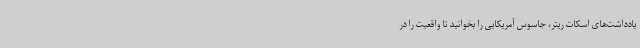
یادداشت‌های اسکات ریتر، جاسوس آمریکایی را بخوانید تا واقعیت را در